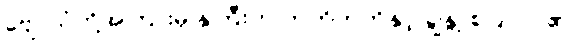
ဗျောသံတို့အကြားမှ နှဲကြီးက တတိတတိနှင့် ချွဲနွဲ့ စပြုလာ၏။